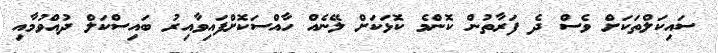
ސައިކަލްތަކަށް ވެސް ދެ ފަރާތުން ކޮންމެ ކޮޅަކަށް ލޭނެއް ހާއްސަކޮށްފައިވާއިރު ބައިސްކަލް ދުއްވުމާއި